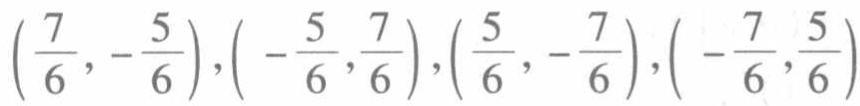
$\left(\frac{7}{6},-\frac{5}{6}\right),\left(-\frac{5}{6},\frac{7}{6}\right),\left(\frac{5}{6},-\frac{7}{6}\right),\left(-\frac{7}{6},\frac{5}{6}\right)$